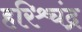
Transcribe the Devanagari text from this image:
हरिश्र्चंद्र